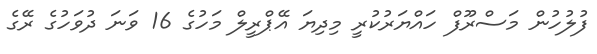
ފުލުހުން މަސްރޫފް ހައްޔަރުކުރީ މިދިޔަ އޭޕްރީލް މަހުގެ 16 ވަނަ ދުވަހުގެ ރޭގެ